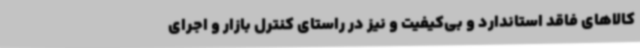
کالاهای فاقد استاندارد و بی‌کیفیت و نیز در راستای کنترل بازار و اجرای